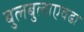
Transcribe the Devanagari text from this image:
बुलबुलाएवढा